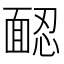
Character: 𩈢